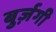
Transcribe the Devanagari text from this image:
बुर्ज़गी